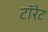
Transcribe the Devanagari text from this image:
टॉरेट